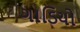
ગાડિયો